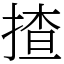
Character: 揸